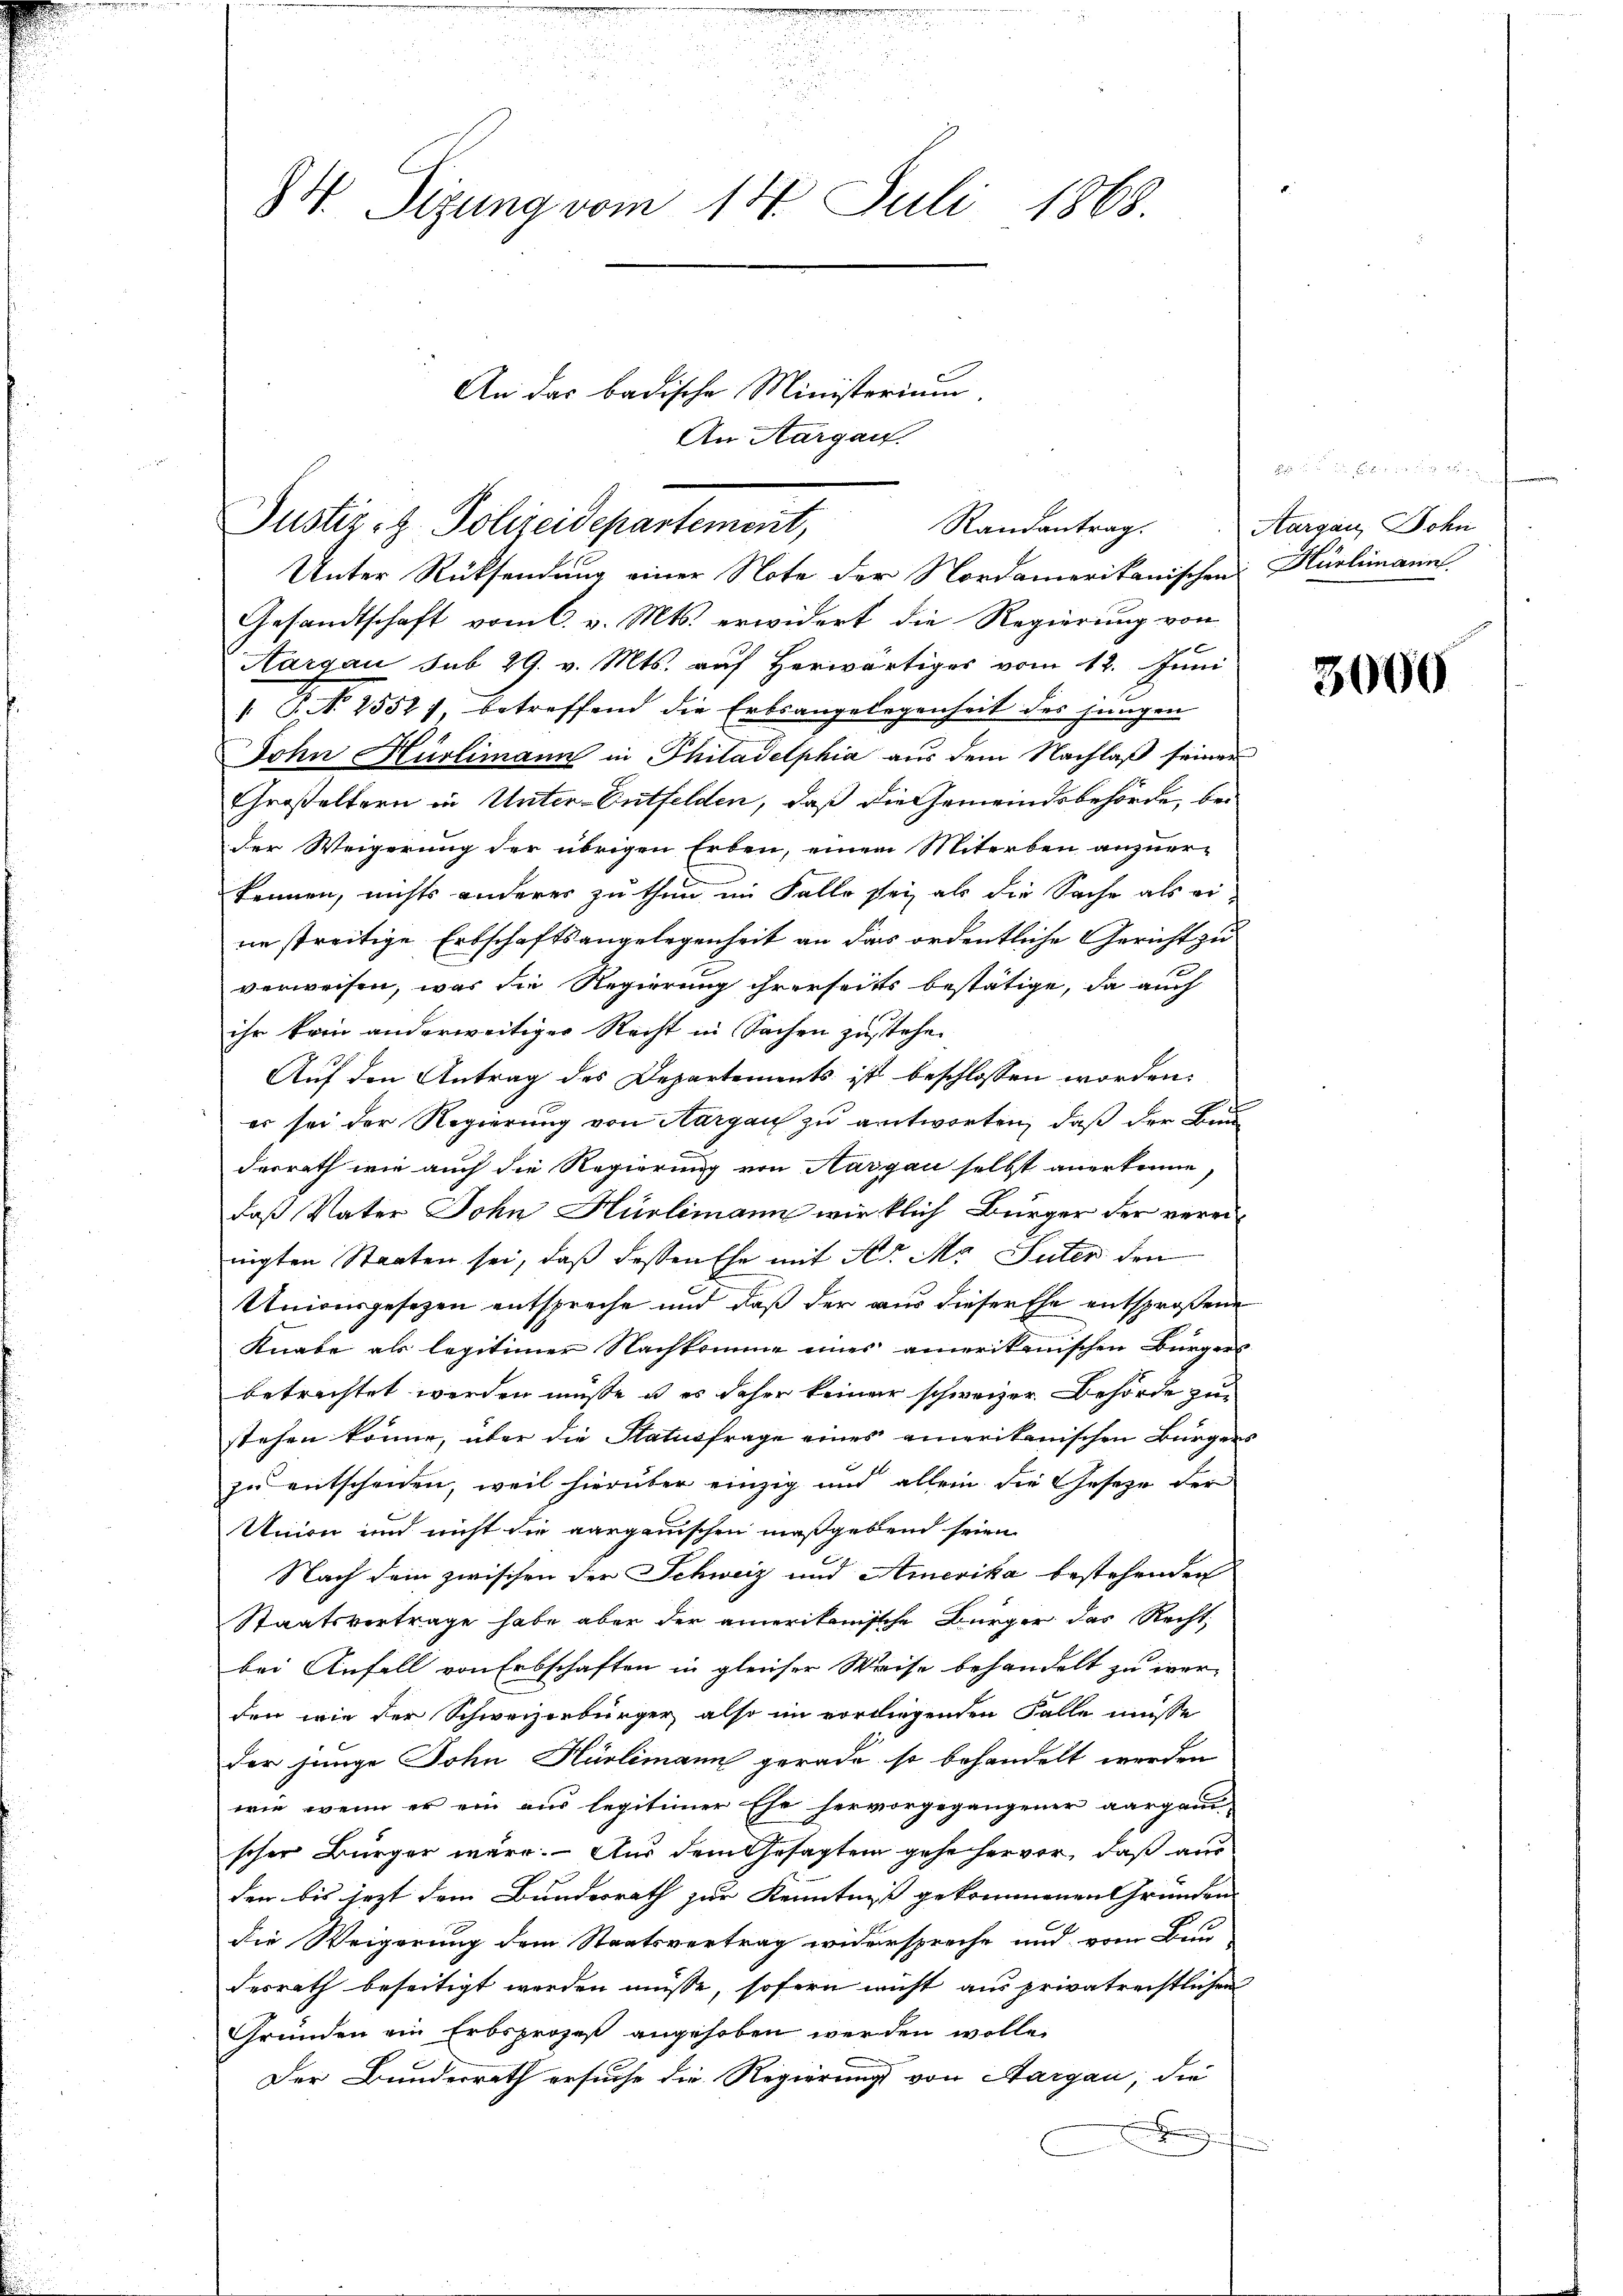
.
84. Sizung vom 14. Juli 1868.

An das badische Ministerium.

An Aargau.

Justiz- & Polizeidepartement,
Randantrag.

Unter Rücksendung einer Note der Nordamerikanischen Hürlimann
Gesandtschaft vom C. v. Mts. erwidert die Regierung von
9f x
Aargau sub 29. v. Mts. auf herwärtiges vom 12. Juni
" P. N. 2551), betreffend die Erbsangelegenheit des jungen
John Hürlimann in Philadelphia aus dem Nachlaß seiner
Großeltern in Unter-Entfelden, daß die Gemeindsbehörde, beder Weigerung der übrigen Erben, einem Miterben anzuer-
kennen, nichts anderer zu thun im Falle sei als die Sache als eine streitige Erbschaftsangelegenheit an das ordentliche Gericht zu
verweisen, was die Regierung ihrerseits bestätige, da auch
ihr kein anderweitiger Recht in Sachen zustehe.
Auf den Antrag des Departements ist beschlossen worden.
er sei der Regierung von Aargau zu antworten, daß der Bun
derrath wie auch die Regierung von Aargau selbst anerkenne,
daß Vater John Hürlimann wirklich Bürger der vereinigten Staaten sei, daß dessen Ehe mit Hr. Ma Suter den
Unionsgesezen entspreche und daß der aus dieser Ehe entsprosen
Knabe als legitimer Nachkomme eines amerikanischen Bürgers
betrachtet werden müsse u es daher keiner schweizer Behörde zur
stehen könne, über die Statusfrage eines einerikanischen Bürgers
zu entscheiden, weil hierüber einzig und allein die Geseze der
Union und nicht die aargauischen maßgebend seien.
Nach dem zwischen der Schweiz und Amerika bestehenden
Staatsvertrage habe aber der amerikanische Bürger das Recht,
bei Anfall von Erbschaften in gleicher Weise behandelt zu wer-
den wie der Schweizerbürger, also im vorliegenden Falle müsse
der junge John Hürlimann gerade so behandelt werden
wie, wenn er ein aus legitimer Ehe hervorgegangener aargauischer Bürger wäre. Aus dem Gesagten gehe hervor, daß aus
den bis jezt dem Bundesrath zur Kenntniß gekommenen Gründen
die Weigerung dem Staatsvertrag widerspreche und vom Bau-
desrath beseitigt werden müsse, sofern nicht aus privatreistlichen
Gründen ein Erbsprozeß angehoben werden wolle.
Der Bunderrath ersuche die Regierung von Aargau, die
.

Aargau, Bohn

3000